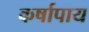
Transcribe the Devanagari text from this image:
कर्षापाय